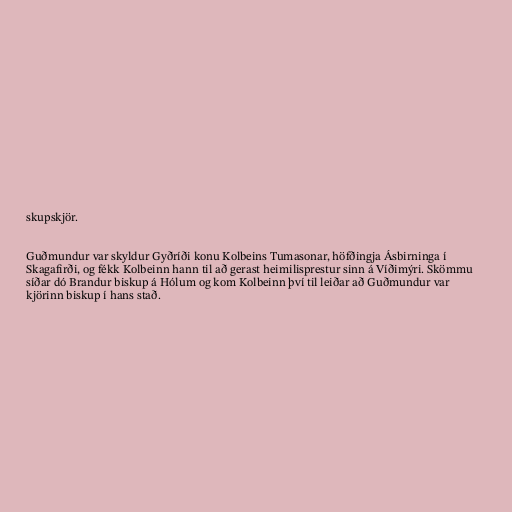
skupskjör.

Guðmundur var skyldur Gyðríði konu Kolbeins Tumasonar, höfðingja Ásbirninga í
Skagafirði, og fékk Kolbeinn hann til að gerast heimilisprestur sinn á Víðimýri. Skömmu
síðar dó Brandur biskup á Hólum og kom Kolbeinn því til leiðar að Guðmundur var
kjörinn biskup í hans stað.